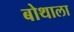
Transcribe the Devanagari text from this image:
बोथाला